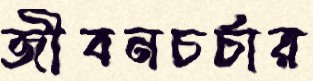
জীবনচর্চার